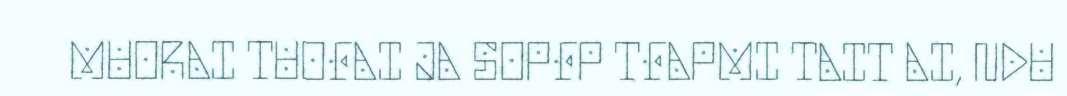
MUORAI TUOFAI JA SOPFP TFAPMI TAIT AI, NDU